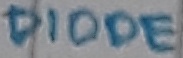
Text: DIODE